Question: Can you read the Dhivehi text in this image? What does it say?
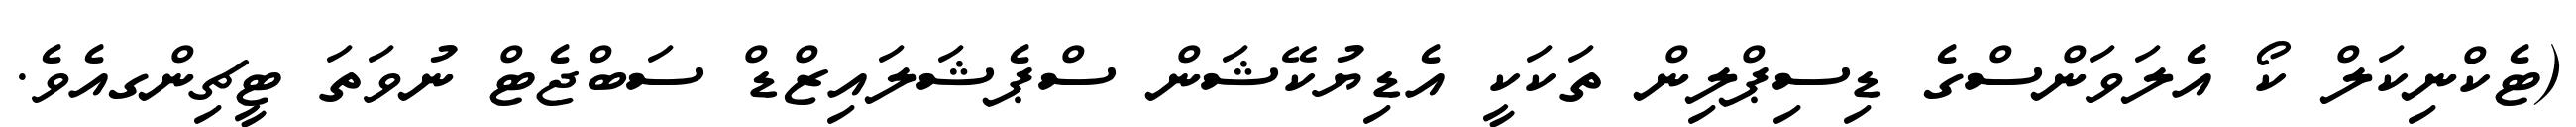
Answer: (ޓެކްނިކަލް ކޯ އެލަވަންސްގެ ޑިސިޕްލިން ތަކަކީ އެޑިޔުކޭޝަން ސްޕެޝަލައިޒްޑް ސަބްޖެޓް ނުވަތަ ޓީޗިންގއެވެ.